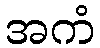
အကံ